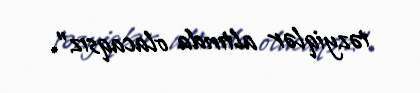
təzyiqlər altında olacaqsız”.